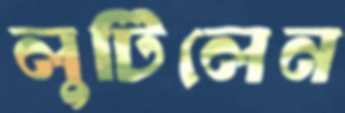
লুটিলেন